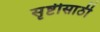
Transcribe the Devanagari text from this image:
सृष्टीसाठी